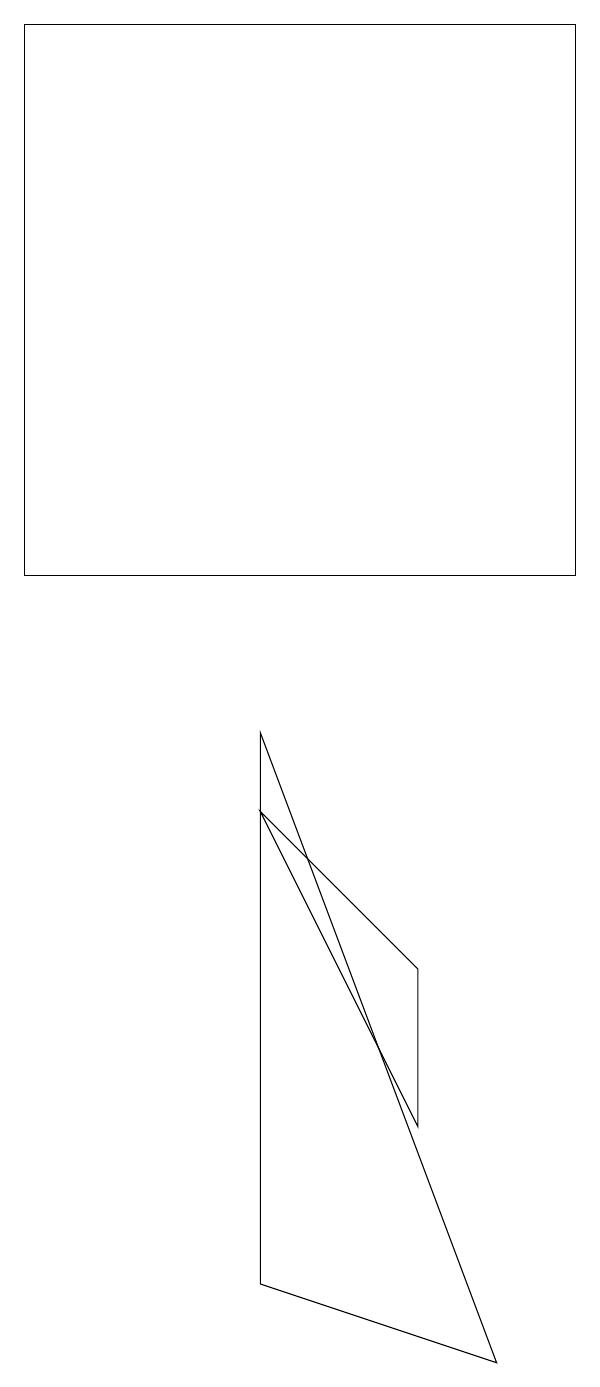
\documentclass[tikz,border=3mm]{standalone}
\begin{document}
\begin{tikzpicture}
\draw (6,3) -- (6,5) -- (4,7) -- cycle;
\draw (4,1) -- (7,0) -- (4,8) -- cycle;
\draw (8,10) rectangle (1,17);
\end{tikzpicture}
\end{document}